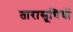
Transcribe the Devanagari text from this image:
तारासूचियों